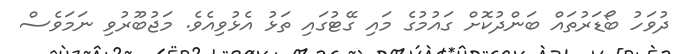
ދުވަހު ބޯޑަރުތައް ބަންދުކޮށް ގައުމުގެ މައި ގޭޓުގައި ތަޅު އެޅުވިއެވެ. މަޖުބޫރުވި ނަމަވެސް